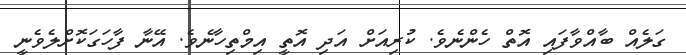
ގަލެއް ބާއްވާފައި އޮތް ހެންނެވެ. ކުރިއަށް އަދި އޮތީ އިމްތިހާނެވެ. އޭނާ ފާހަގަކޮށްލެވެނީ